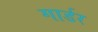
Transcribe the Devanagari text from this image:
गार्डर